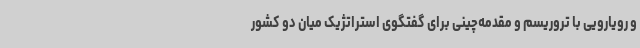
و رویارویی با تروریسم و مقدمه‌چینی برای گفتگوی استراتژیک میان دو کشور